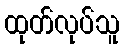
ထုတ်လုပ်သူ